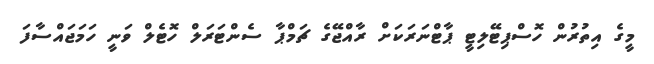
މީގެ އިތުރުން ހޮސްޕިޓޭލިޓީ ޕާޓްނަރަކަށް ރާއްޖޭގެ ޗަމްޕާ ސެންޓަރަލް ހޮޓެލް ވަނީ ހަމަޖައްސާފަ